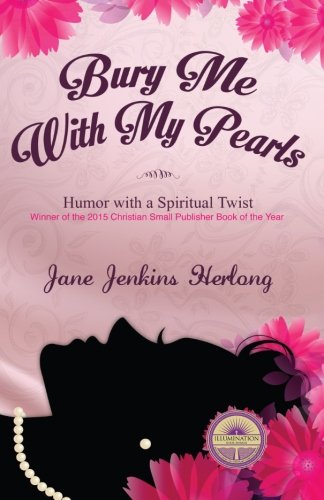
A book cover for Bury Me with My Pearls; Jane Jenkins Herlong CSP; Humor & Entertainment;